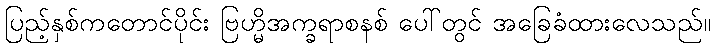
ပြည့်နှစ်ကတောင်ပိုင်း ဗြဟ္မိအက္ခရာစနစ် ပေါ်တွင် အခြေခံထားလေသည်။